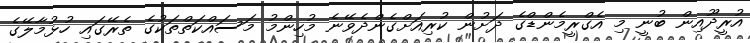
އުރީދޫއިން ބުނީ މި އެގްރީމެންޑްގެ ދަށުން ކުރިއަށްގެންދެވޭނެ މުހިންމު މަސައްކަތްތަކުގެ ތެރޭގައި ހުޅުމާލޭގެ